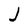
Character: J